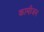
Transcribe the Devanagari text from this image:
कामीजन